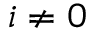
i \neq 0